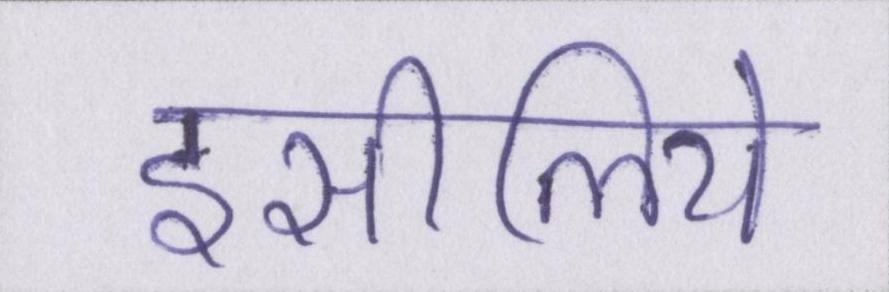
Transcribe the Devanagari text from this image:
इसीलिये